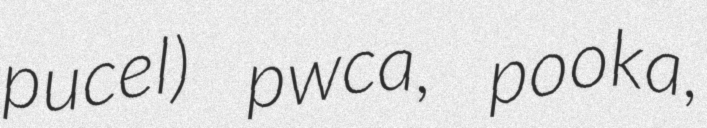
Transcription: pucel) pwca, pooka,